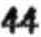
44